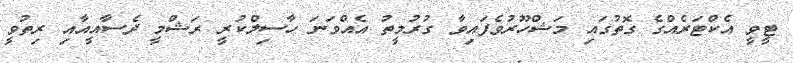
ޓީވީ އެކްޓަރެއްގެ ގޮތުގައި މަޝްހޫރުވެފައިވާ ގުރުމީތު އެއްވަނަ ހާސިލްކުރީ ރަޝްމީ ދެސާއީއާއި ރިތުވީ